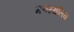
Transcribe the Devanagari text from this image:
मरुस्थलिय